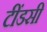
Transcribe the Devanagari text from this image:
टींडसी